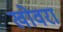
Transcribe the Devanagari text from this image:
खोवरा